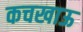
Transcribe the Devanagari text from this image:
कचखाऊ